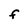
Character: F